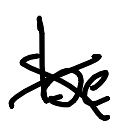
Text: be
Cross-out: cross
Writing tool: digital_black